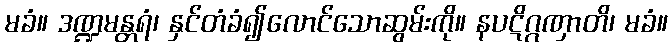
မခံ။ ဒဏ္ဍမန္တရံ၊ နှင်တံခံ၍လောင်သောဆွမ်းကို။ နပဋိဂ္ဂဏှာတိ၊ မခံ။